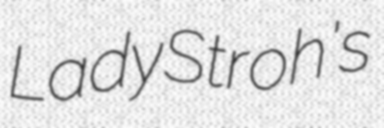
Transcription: Lady Stroh's